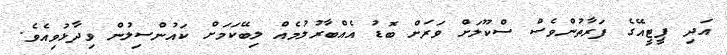
އަދި ޕީޓީއޭގެ ފަރާތުންވެސް ސްކޫލަށް ވަރަށް ބޮޑު އެއްބާރުލުމެއް ލިބޭކަމަށް ކައުންސިލުން ވިދާޅުވިއެވެ.